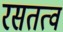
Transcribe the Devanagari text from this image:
रसतत्व